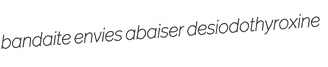
bandaite envies abaiser desiodothyroxine